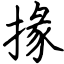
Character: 掾